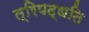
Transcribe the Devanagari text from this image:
त्रिपद्धति